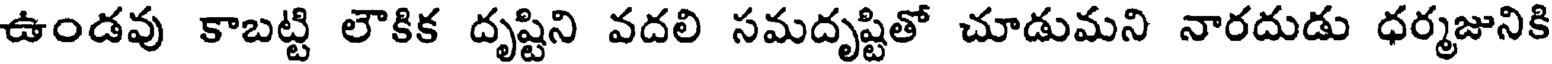
ఉండవు కాబట్టి లౌకిక దృష్టిని వదలి సమదృష్టితో చూడుమని నారదుడు ధర్మజునికి